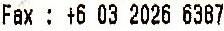
FAX : +6 03 2026 6387